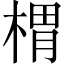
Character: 𣖜